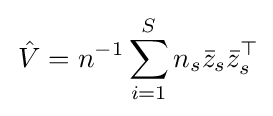
\,{\hat {V}}=n^{-1}\sum _{i=1}^{S}n_{s}{\bar {z}}_{s}{\bar {z}}_{s}^{\top }